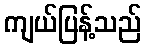
ကျယ်ပြန့်သည်